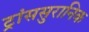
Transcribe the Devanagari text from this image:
ट्रांससुरानिक